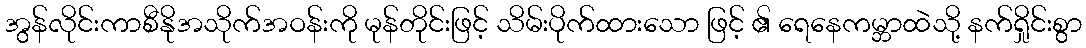
အွန်လိုင်းကာစီနိုအသိုက်အဝန်းကို မုန်တိုင်းဖြင့် သိမ်းပိုက်ထားသော ဖြင့် ၏ ရေနေကမ္ဘာထဲသို့ နက်ရှိုင်းစွာ